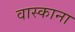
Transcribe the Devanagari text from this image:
वास्काना